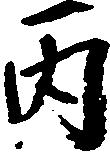
丙